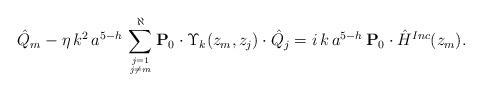
LaTeX: \begin{align*}\hat Q_{m} - \eta \, k^2 \, a^{5-h} \, \sum_{j=1 \atop j \neq m}^\aleph {\bf{P}}_{0} \cdot \Upsilon_k(z_{m}, z_j) \cdot \hat{Q}_{j}= i \, k \, a^{5-h} \, {\bf{P}}_{0} \cdot \hat H^{Inc}(z_{m}).\end{align*}